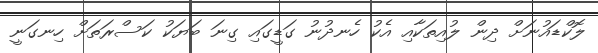
ލޮކްޑައުނަށް ދިން ލުއިތަކާއި އެކު ހެނދުނު ގަޑީގައި ގިނަ ބަޔަކު ކަސްރަތަށް ހިިިނގަނީ